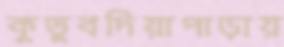
কুতুবদিয়াপাড়ায়